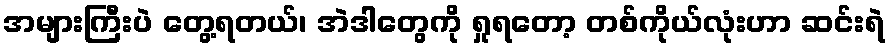
အများကြီးပဲ တွေ့ရတယ်၊ အဲဒါတွေကို ရှုရတော့ တစ်ကိုယ်လုံးဟာ ဆင်းရဲ